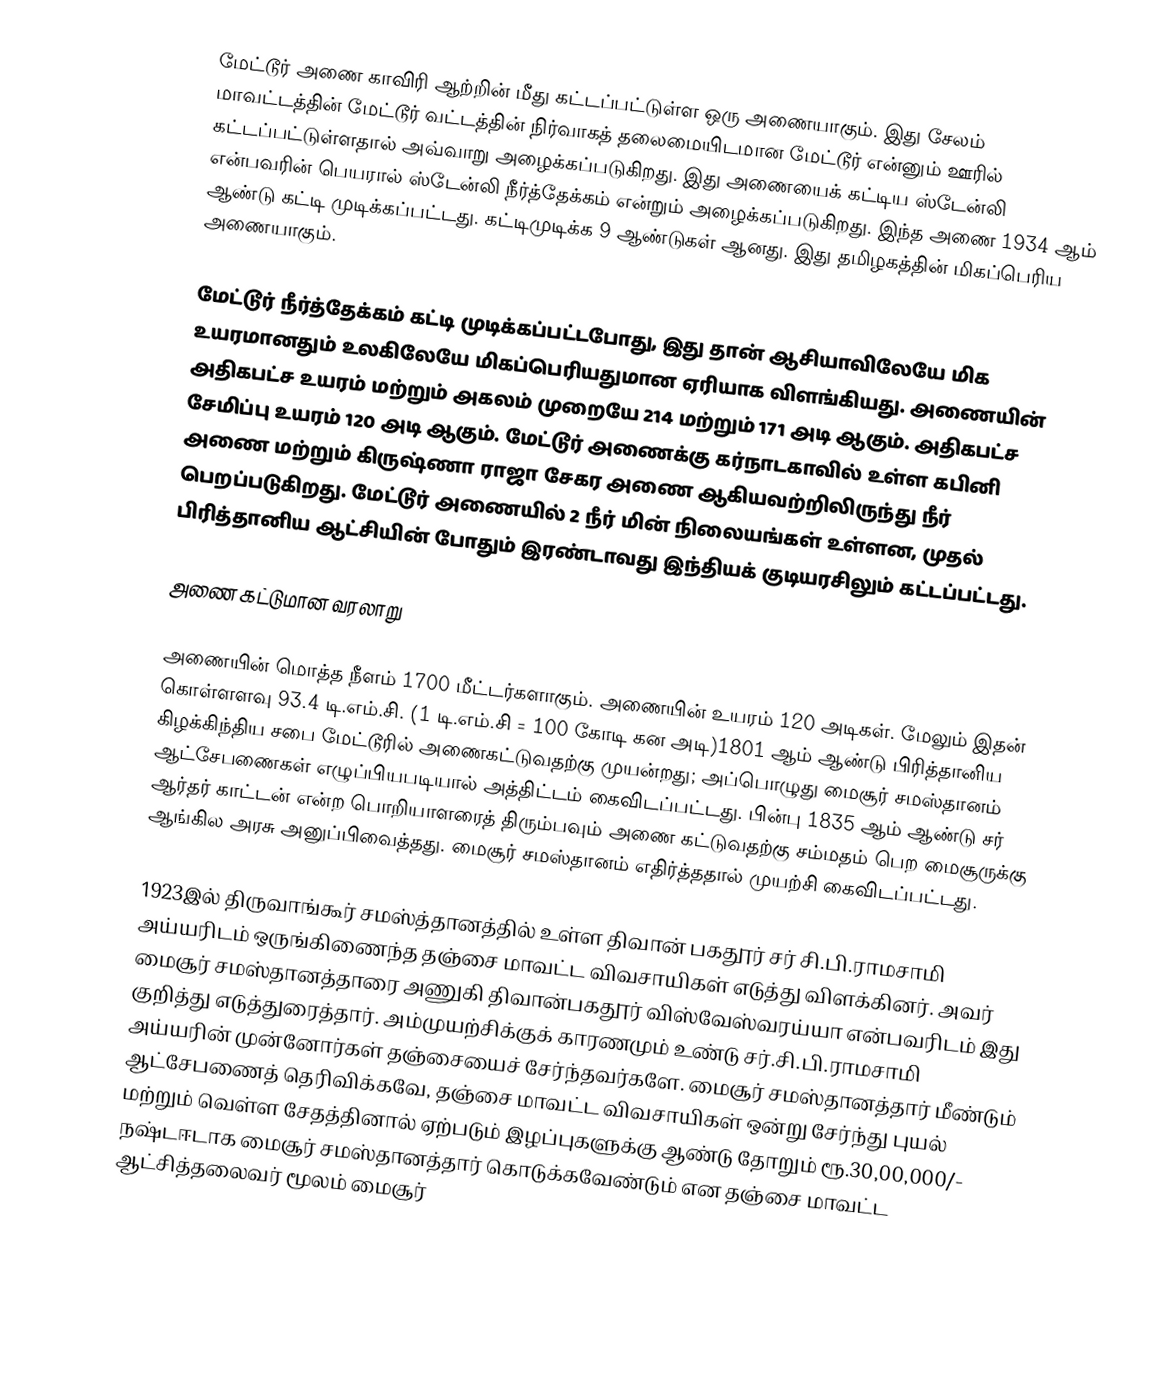
மேட்டூர் அணை காவிரி ஆற்றின் மீது கட்டப்பட்டுள்ள ஒரு அணையாகும். இது சேலம் மாவட்டத்தின் மேட்டூர் வட்டத்தின் நிர்வாகத் தலைமையிடமான மேட்டூர் என்னும் ஊரில் கட்டப்பட்டுள்ளதால் அவ்வாறு அழைக்கப்படுகிறது. இது அணையைக் கட்டிய ஸ்டேன்லி என்பவரின் பெயரால் ஸ்டேன்லி நீர்த்தேக்கம் என்றும் அழைக்கப்படுகிறது. இந்த அணை 1934 ஆம் ஆண்டு கட்டி முடிக்கப்பட்டது. கட்டிமுடிக்க 9 ஆண்டுகள் ஆனது. இது தமிழகத்தின் மிகப்பெரிய அணையாகும்.

மேட்டூர் நீர்த்தேக்கம் கட்டி முடிக்கப்பட்டபோது, இது தான் ஆசியாவிலேயே மிக உயரமானதும் உலகிலேயே மிகப்பெரியதுமான ஏரியாக விளங்கியது. அணையின் அதிகபட்ச உயரம் மற்றும் அகலம் முறையே 214 மற்றும் 171 அடி ஆகும். அதிகபட்ச சேமிப்பு உயரம் 120 அடி ஆகும். மேட்டூர் அணைக்கு கர்நாடகாவில் உள்ள கபினி அணை மற்றும்  கிருஷ்ணா ராஜா சேகர அணை ஆகியவற்றிலிருந்து நீர் பெறப்படுகிறது. மேட்டூர் அணையில் 2 நீர் மின் நிலையங்கள் உள்ளன, முதல் பிரித்தானிய ஆட்சியின் போதும் இரண்டாவது இந்தியக் குடியரசிலும் கட்டப்பட்டது.

அணை கட்டுமான வரலாறு

அணையின் மொத்த நீளம் 1700 மீட்டர்களாகும். அணையின் உயரம் 120 அடிகள். மேலும் இதன் கொள்ளளவு 93.4 டி.எம்.சி. (1 டி.எம்.சி = 100 கோடி கன அடி)1801 ஆம் ஆண்டு பிரித்தானிய கிழக்கிந்திய சபை மேட்டூரில் அணைகட்டுவதற்கு முயன்றது; அப்பொழுது மைசூர் சமஸ்தானம் ஆட்சேபணைகள் எழுப்பியபடியால் அத்திட்டம் கைவிடப்பட்டது. பின்பு 1835 ஆம் ஆண்டு சர் ஆர்தர் காட்டன் என்ற பொறியாளரைத் திரும்பவும் அணை கட்டுவதற்கு சம்மதம் பெற மைசூருக்கு ஆங்கில அரசு அனுப்பிவைத்தது. மைசூர் சமஸ்தானம் எதிர்த்ததால் முயற்சி கைவிடப்பட்டது.

1923இல் திருவாங்கூர் சமஸ்த்தானத்தில் உள்ள திவான் பகதூர் சர் சி.பி.ராமசாமி அய்யரிடம் ஒருங்கிணைந்த தஞ்சை மாவட்ட விவசாயிகள் எடுத்து விளக்கினர். அவர் மைசூர் சமஸ்தானத்தாரை அணுகி திவான்பகதூர் விஸ்வேஸ்வரய்யா என்பவரிடம் இது குறித்து எடுத்துரைத்தார். அம்முயற்சிக்குக் காரணமும் உண்டு சர்.சி.பி.ராமசாமி அய்யரின் முன்னோர்கள் தஞ்சையைச் சேர்ந்தவர்களே. மைசூர் சமஸ்தானத்தார் மீண்டும் ஆட்சேபணைத் தெரிவிக்கவே, தஞ்சை மாவட்ட விவசாயிகள் ஒன்று சேர்ந்து புயல் மற்றும் வெள்ள சேதத்தினால் ஏற்படும் இழப்புகளுக்கு ஆண்டு தோறும் ரூ.30,00,000/- நஷ்டஈடாக மைசூர் சமஸ்தானத்தார் கொடுக்கவேண்டும் என தஞ்சை மாவட்ட ஆட்சித்தலைவர் மூலம் மைசூர்